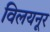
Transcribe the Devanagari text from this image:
विलयनूर